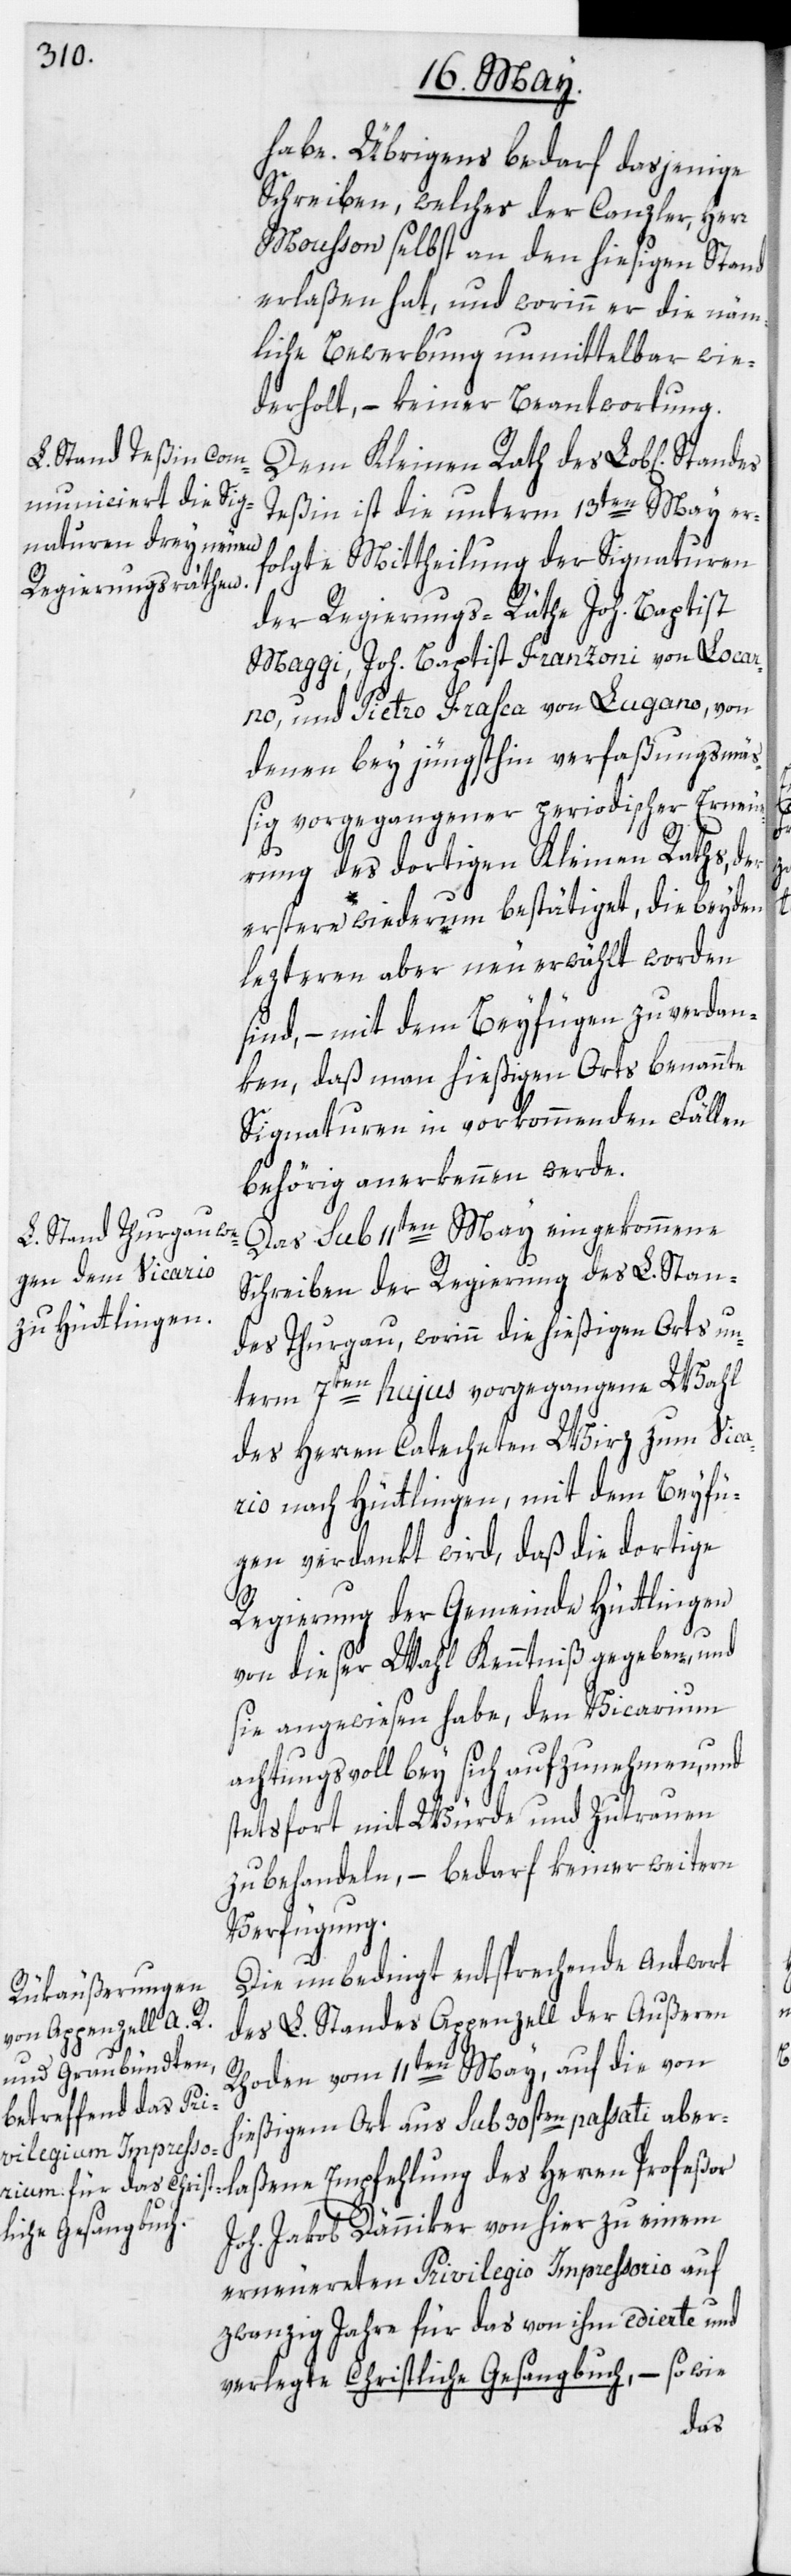
habe. Übrigens bedarf dasjenige
Schreiben, welches der Canzler, Herr
Mousson selbst an den hiesigen Stand
erlaßen hat, und worinn er die näm¬
liche Bewerbung unmittelbar wie¬
derholt, – keiner Beantwortung.
Dem Kleinen Rath des Lob[lichen]
Teßin ist die unterm 13ten May erf¬
olgte Mittheilung der Signaturen
der Regierungs-Räthe Joh. Baptist
Maggi, Joh. Baptist Franzoni von Locarn¬
o, und Pietro Frahca von Lugano, von
denen bey jüngsthin verfaßungsmäß¬
ig vorgegangener periodischer Erneue¬
rung des dortigen Kleinen Raths, der
erstere wiederum bestätiget, die beyden
lezteren aber neu erwählt worden
sind, – mit dem Beyfügen zu verdan¬
ken, daß man hießigen Orts benannte
Signaturen in vorkommenden Fällen
behörig anerkennen werde.
Das sub 11ten May eingekommene
Schreiben der Regierung des L. Stan¬
des Thurgau, worinn die hießigen Orts un¬
term 7ten hujus vorgegangene Wahl
des Herren Catecheten Wirz zum Vica¬
rio nach Hüttlingen, mit dem Beyfü¬
gen verdankt wird, daß die dortige
Regierung der Gemeinde Hüttlingen
von dieser Wahl Kenntniß gegeben, und
sie angewiesen habe, den Vicarium
achtungsvoll bey sich aufzunehmen, und
stetsfort mit Würde und Zutrauen
zu behandeln, – bedarf keiner weitern
Verfügung.
Die unbedingt entsprechende Antwort
des L. Standes Appenzell der Außeren
Rhoden vom 11ten May, auf die von
hießigem Ort aus sub 30sten passati aber¬
laßene Empfehlung des Herren Profeßor
Joh. Jakob Dänniker von hier zu einem
erneuereten Privilegio Impressorio auf
zwanzig Jahre für das von ihm edierte und
verlegte Christliche Gesangbuch, – so wie